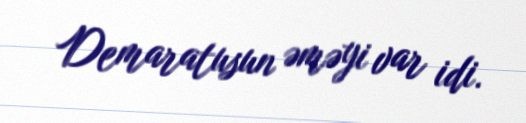
Demaratusun əməyi var idi.